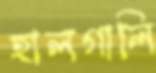
হালগালি